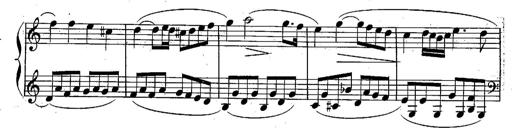
Title: Piano Sonatine
Composer: Jacques-Louis Battmann